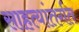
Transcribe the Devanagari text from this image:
साहत्यांतर्गत